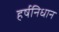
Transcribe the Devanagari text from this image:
हर्षनिधान